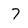
Character: 7